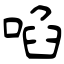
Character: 啗